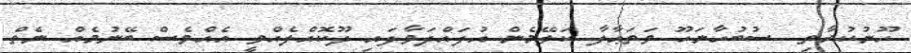
ހޫނުކުރާތި  ސުބުހާނަހޫ ވަތަޢާލާ ކަލޭމެން އުފައްދަވާފައި ދޫކޮއްލެއްވީ އެއްވެސް ބޭނުމެއް ނެތް